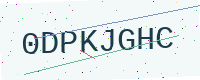
Text: 0DPKJGHC